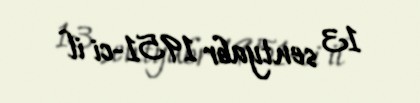
13 sentyabr 1951-ci il